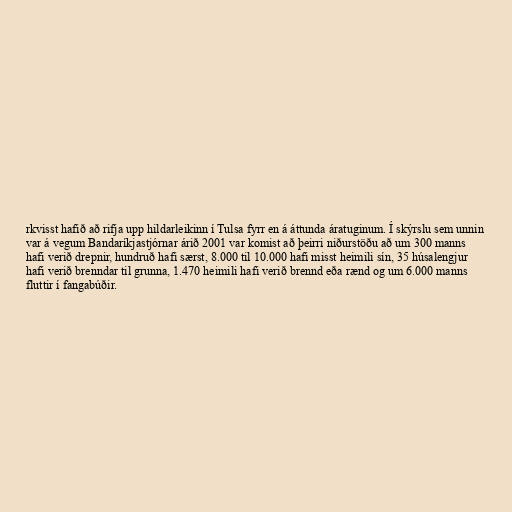
rkvisst hafið að rifja upp hildarleikinn í Tulsa fyrr en á áttunda áratuginum. Í skýrslu sem unnin
var á vegum Bandaríkjastjórnar árið 2001 var komist að þeirri niðurstöðu að um 300 manns
hafi verið drepnir, hundruð hafi særst, 8.000 til 10.000 hafi misst heimili sín, 35 húsalengjur
hafi verið brenndar til grunna, 1.470 heimili hafi verið brennd eða rænd og um 6.000 manns
fluttir í fangabúðir.